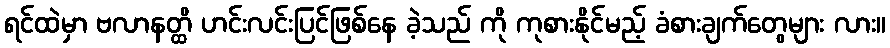
ရင်ထဲမှာ ဗလာနတ္ထိ ဟင်းလင်းပြင်ဖြစ်နေ ခဲ့သည် ကို ကုစားနိုင်မည့် ခံစားချက်တွေများ လား။